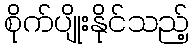
စိုက်ပျိုးနိုင်သည့်